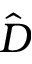
\hat { D }